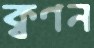
ক্বণন